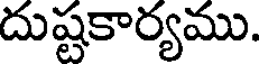
దుష్టకార్యము.